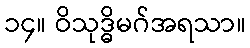
၁၄။ ဝိသုဒ္ဓိမဂ်အရသာ။